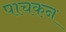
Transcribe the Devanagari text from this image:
पाचकन